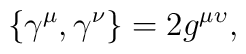
\{\gamma ^{\mu },\gamma ^{\nu }\}=2g^{\mu \upsilon },